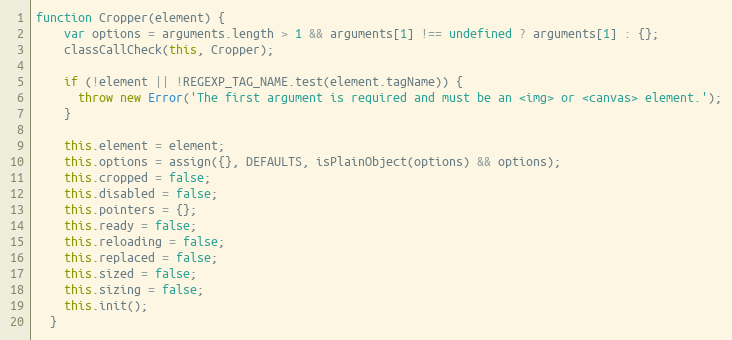
Language: JavaScript
function Cropper(element) {
    var options = arguments.length > 1 && arguments[1] !== undefined ? arguments[1] : {};
    classCallCheck(this, Cropper);

    if (!element || !REGEXP_TAG_NAME.test(element.tagName)) {
      throw new Error('The first argument is required and must be an  or <canvas> element.');
    }

    this.element = element;
    this.options = assign({}, DEFAULTS, isPlainObject(options) && options);
    this.cropped = false;
    this.disabled = false;
    this.pointers = {};
    this.ready = false;
    this.reloading = false;
    this.replaced = false;
    this.sized = false;
    this.sizing = false;
    this.init();
  }